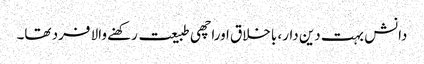
دانش بہت دین دار، باخلاق اوراچھی طبیعت رکھنے والا فرد تھا۔